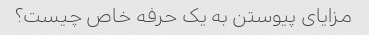
مزایای پیوستن به یک حرفه خاص چیست؟